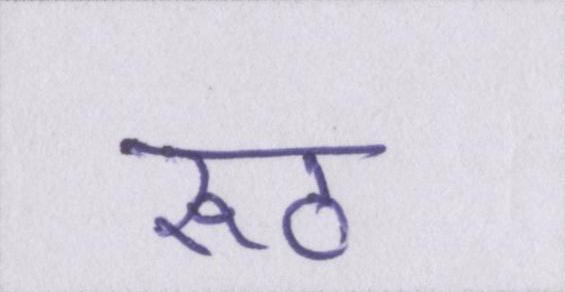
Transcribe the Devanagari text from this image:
रूठ